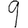
Digit: 9